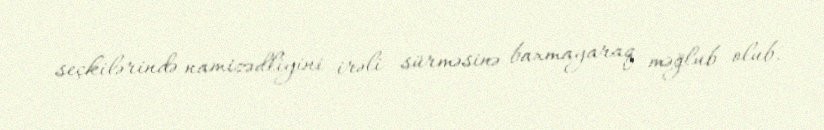
seçkilərində namizədliyini irəli sürməsinə baxmayaraq məğlub olub.